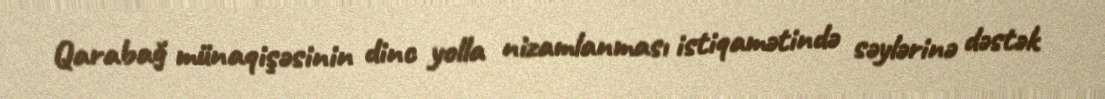
Qarabağ münaqişəsinin dinc yolla nizamlanması istiqamətində səylərinə dəstək